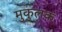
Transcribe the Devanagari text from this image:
मुकुलक